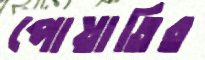
পোয়াতির